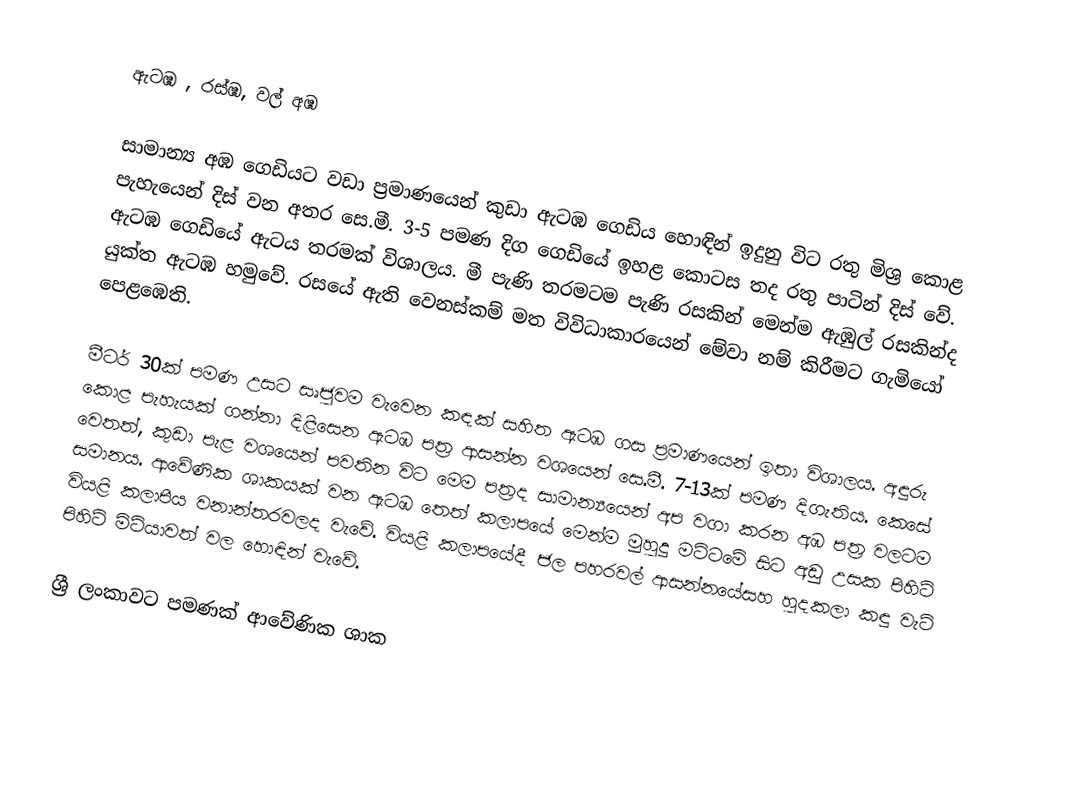
ඇටඹ , රස්ඹ, වල් අඹ

සාමාන්‍ය අඹ ගෙඩියට වඩා ප්‍රමාණයෙන් කුඩා ඇටඹ ගෙඩිය හොඳින් ඉදුනු විට රතු මිශ්‍ර කොළ පැහැයෙන් දිස් වන අතර සෙ.මී. 3-5 පමණ දිග ගෙඩියේ ඉහළ කොටස තද රතු පාටින් දිස් වේ. ඇටඹ ගෙඩියේ ඇටය තරමක් විශාලය. මී පැණි තරමටම පැණි රසකින් මෙන්ම ඇඹුල් රසකින්ද යුක්ත ඇටඹ හමුවේ. රසයේ ඇති වෙනස්කම් මත විවිධාකාරයෙන් මේවා නම් කිරීමට ගැමියෝ පෙළඹෙති.

මීටර් 30ක් පමණ උසට සෘජුවම වැවෙන කඳක් සහිත ඇටඹ ගස ප්‍රමාණයෙන් ඉතා විශාලය. අඳුරු කොළ පැහැයක් ගන්නා දිළිසෙන ඇටඹ පත්‍ර ආසන්න වශයෙන් සෙ.මී. 7-13ක් පමණ දිගැතිය. කෙසේ වෙතත්, කුඩා පැළ වශයෙන් පවතින විට මෙම පත්‍රද සාමාන්‍යයෙන් අප වගා කරන අඹ පත්‍ර වලටම සමානය. ආවේණික ශාකයක් වන ඇටඹ තෙත් කලාපයේ මෙන්ම මුහුදු මට්ටමේ සිට අඩු උසක පිහිටි වියළි කලාපීය වනාන්තරවලද වැවේ. වියළි කලාපයේදී ජල පහරවල් ආසන්නයේසහ හුදකලා කඳු වැටි පිහිටි මිටියාවත් වල හොඳින් වැවේ.

ශ්‍රී ලංකාවට පමණක් ආවේණික ශාක